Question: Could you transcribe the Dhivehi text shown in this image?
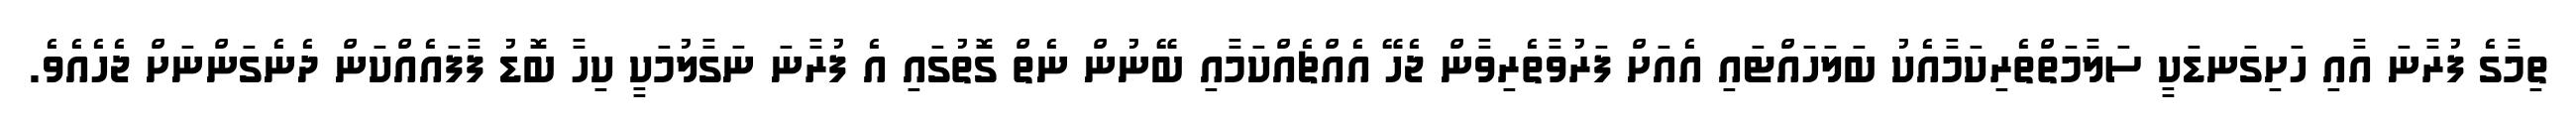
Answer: ތިމާގެ ފުރާނަ އާއި ހަށިގަނޑަކީ ސަލާމަތްތެރިކަމާއެކު ބަލަހައްޓައި އެއަށް ފަރުވާތެރިވާން ޖެހޭ އެއްޗެއްކަމާއި ބޭނުން ނެތް ގޮތުގައި އެ ފުރާނަ ނަގާލުމަކީ ކިހާ ބޮޑު ފާފައެއްކަން ދެނެގަންނަށް ޖެހެއެވެ.